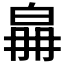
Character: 𤽛